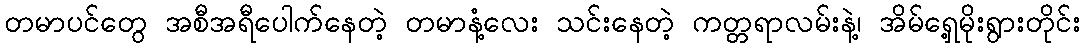
တမာပင်တွေ အစီအရီပေါက်နေတဲ့ တမာနံ့လေး သင်းနေတဲ့ ကတ္တရာလမ်းနဲ့၊ အိမ်ရှေ့မိုးရွားတိုင်း